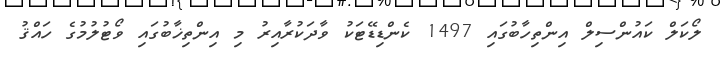
ލޯކަލް ކައުންސިލް އިންތިހާބުގައި 1497 ކެންޑިޑޭޓަކު ވާދަކުރާއިރު މި އިންތިޚާބުގައި ވޯޓުލުމުގެ ހައްޤު